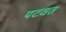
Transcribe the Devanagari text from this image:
पटवत